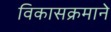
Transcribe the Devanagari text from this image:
विकासक्रमाने